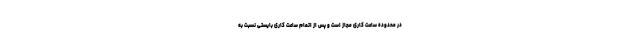
در محدوده ساعت کاری مجاز است و پس از اتمام ساعت کاری بایستی نسبت به